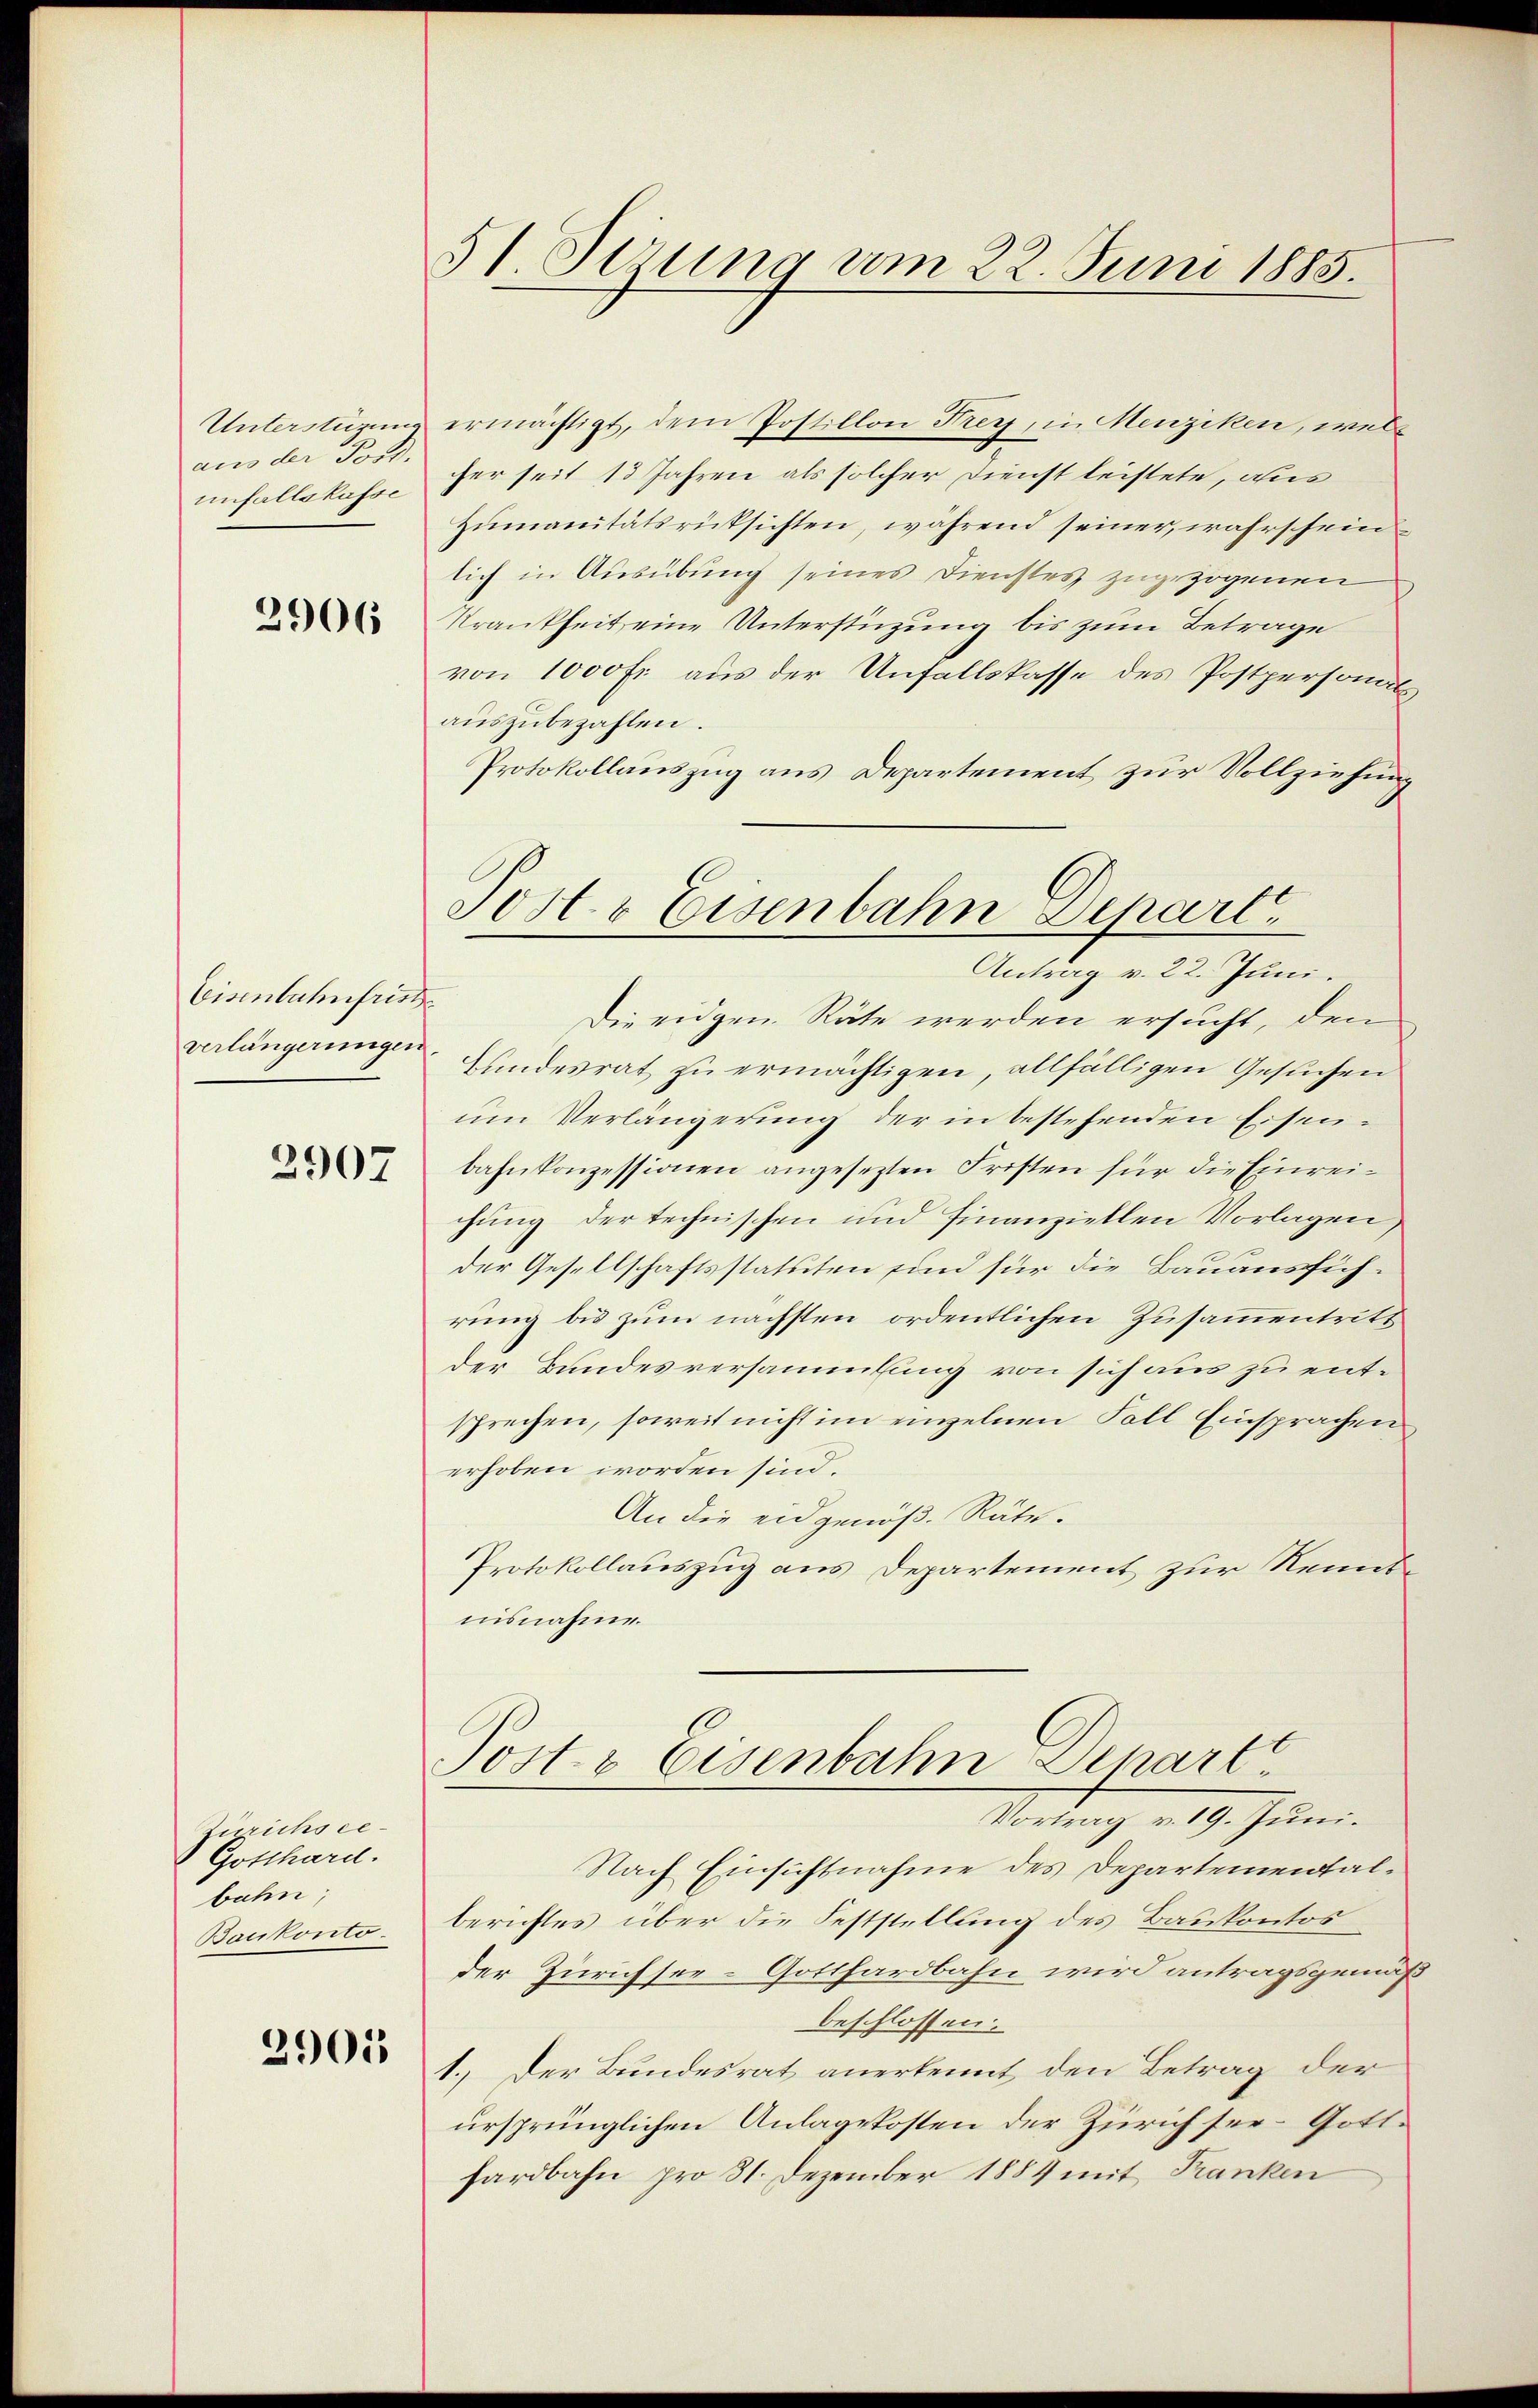
Unterstüzun
aus der Ford.
unfallskasse

2906

Eisenbahnfriste
verlängerungen

2907

Zürichsee¬
Gotthard.
bahn,
Baukonto.

2905

51 derung vom 22. Juni 1885.

Sost. v Eisenbahn Depart

ermächtigt, dem Postillon Frey, in Menziken, welcher seit 13 Jahren als solcher Dienst leistete, aus
Zumanitätsrücksichten, während seiner, wahrschein
lich in Ausübung seines Dienstes zugezogenen
Krankheit eine Unterstüzung bis zum Betrage
von 1000 Fr. aus der Unfallskasse des Postpersonals
auszubezahlen.
Protokollauszug aus Departement zur Vollziehung
Antrag v. 22. Juni.
Die eidgen. Räte werden ersucht, den
Hundesrat zu ermächtigen, allfälligen Gesuchen
um Verlängerung der in bestehenden Eisenbahnkonzessionen angesezten Fristen für die Einreichung der technischen und Finanziellen Vorlagen,
der Gesellschaftsstatuten sind für die Bauausführung bis zum nächsten ordentlichen Zusammentritt
der Bundesversammlung von sich aus zu entsprechen, soweit nicht im einzelnen Fall Einsprachen
erhoben worden sind.
An die eidgenöß. Räte.
Protokollauszug aus Departement zur Kenntnisnahme.
Post & Eisenbahn-Depart.
Vortrag v. 19. Juni.
Nach Einsichtnahme des Departementalberichtes über die Feststellung des Baukontos
der Zürichsee-Gotthardbahn wird antragsgemäß
beschlossen:
1.) Der Bundesrat anerkennt, den Betrag der
ursprünglichen Anlagekosten der Zürich sei- Gotthardbahn pro 31. Dezember 1884 mit Franken